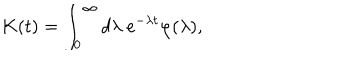
K ( t ) = \int _ { 0 } ^ { \infty } d \lambda ~ e ^ { - \lambda t } \varphi ( \lambda ) ,